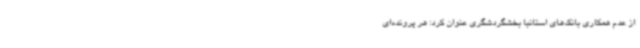
از عدم همکاری بانک‌های استانبا بخشگردشگری عنوان کرد: هر پرونده‌ای